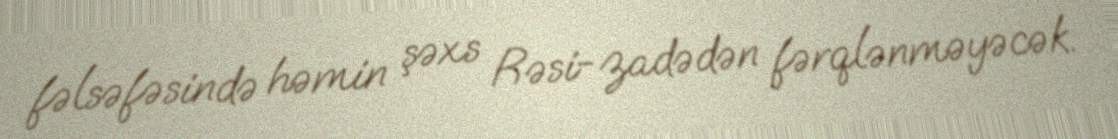
fəlsəfəsində həmin şəxs Rəsi-zadədən fərqlənməyəcək.